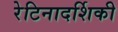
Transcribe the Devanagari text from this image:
रेटिनादर्शिकी